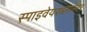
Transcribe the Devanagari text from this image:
स्पाइवेयरब्लास्टर